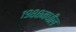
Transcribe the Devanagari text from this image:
१९८८मधील